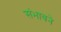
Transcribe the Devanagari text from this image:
संभावने